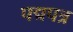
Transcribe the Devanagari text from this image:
पद्मपत्र